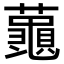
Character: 𮒮